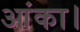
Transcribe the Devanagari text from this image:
आंका।